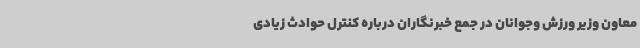
معاون وزیر ورزش وجوانان در جمع خبرنگاران درباره کنترل حوادث زیادی